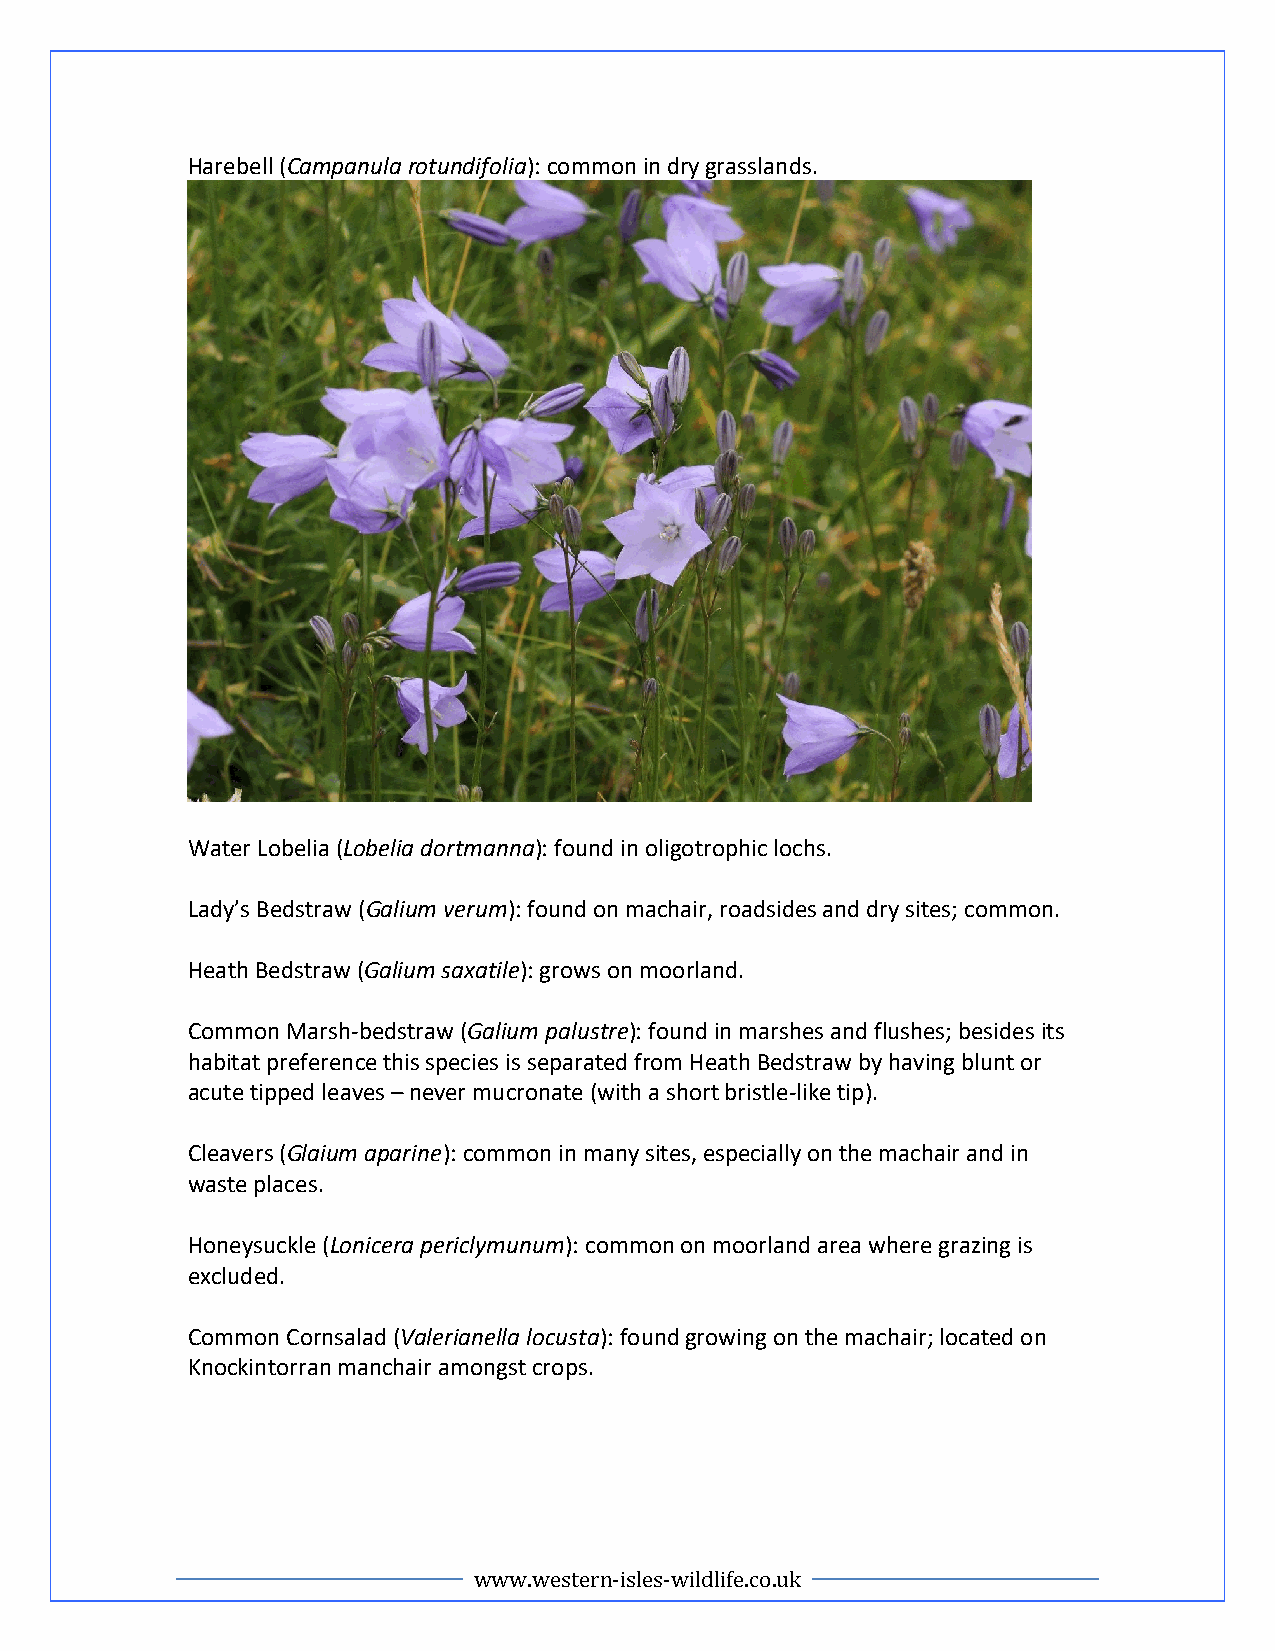
Harebell (Campanula rotundifolia): common in dry grasslands.
 Water Lobelia (Lobelia dortmanna): found in oligotrophic lochs.
 Lady’s Bedstraw (Galium verum): found on machair, roadsides and dry sites; common.
 Heath Bedstraw (Galium saxatile): grows on moorland.
 Common Marsh-bedstraw (Galium palustre): found in marshes and flushes; besides its
 habitat preference this species is separated from Heath Bedstraw by having blunt or
 acute tipped leaves – never mucronate (with a short bristle-like tip).
 Cleavers (Glaium aparine): common in many sites, especially on the machair and in
 waste places.
 Honeysuckle (Lonicera periclymunum): common on moorland area where grazing is
 excluded.
 Common Cornsalad (Valerianella locusta): found growing on the machair; located on
 Knockintorran manchair amongst crops.
 www.western-isles-wildlife.co.uk